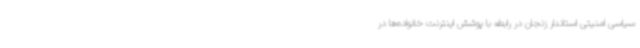
سیاسی امنیتی استاندار زنجان در رابطه با پوشش اینترنت خانواده‌ها در